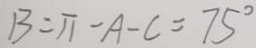
B = \pi - A - C = 7 5 ^ { \circ }